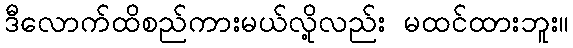
ဒီလောက်ထိစည်ကားမယ်လို့လည်း မထင်ထားဘူး။